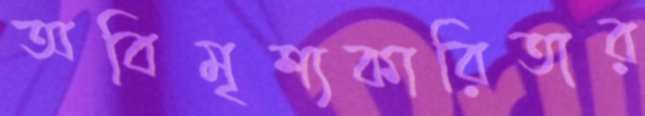
অবিমৃশ্যকারিতার